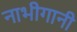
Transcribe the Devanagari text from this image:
नाभीगानी